Vaccination in Burma 1920-1933 - 1920-1933
Year: 1920
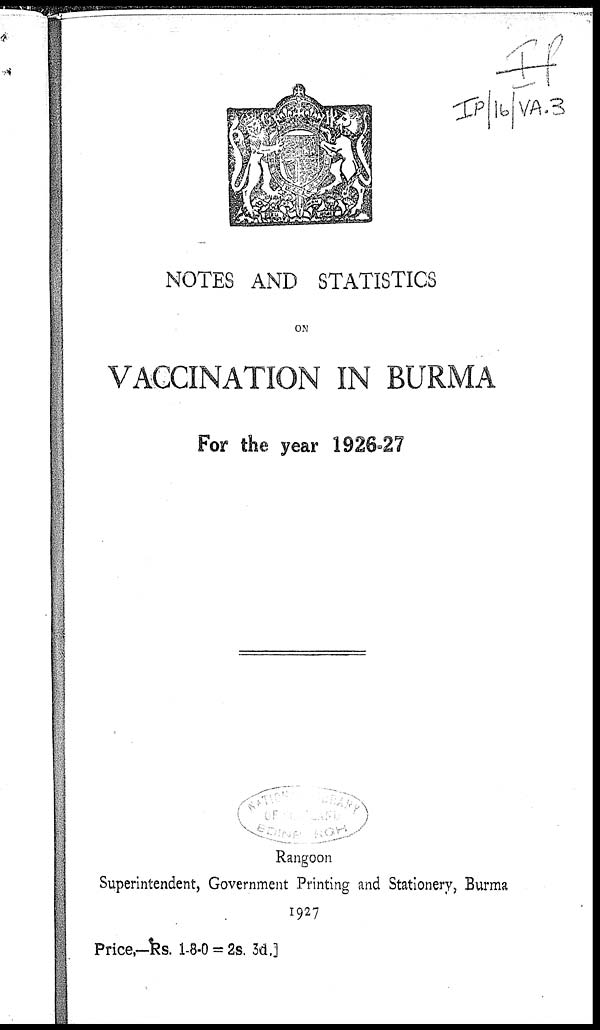
NOTES AND STATISTICS
ON
VACCINATION IN BURMA
For the year 1926-27
Rangoon
Superintendent, Government Printing and Stationery, Burma
1927
Price,—Rs. 1-8-0 = 2s. 3d.]